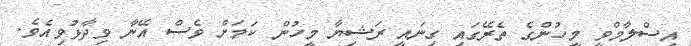
އިސްލާމްވީ މީހުންގެ ތެރޭގައި ގިނައީ ރަޝިޔާ މީހުން ކަމަށް ވެސް އޭނާ ވިދާޅުވިއެވެ.